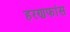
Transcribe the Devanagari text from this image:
हरणफांस